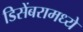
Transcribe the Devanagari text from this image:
डिसेंबरामध्ये